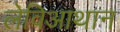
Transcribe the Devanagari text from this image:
लेविआथान